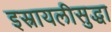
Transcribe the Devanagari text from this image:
इस्रायलीसुद्धा